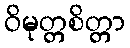
ဝိမုတ္တစိတ္တာ